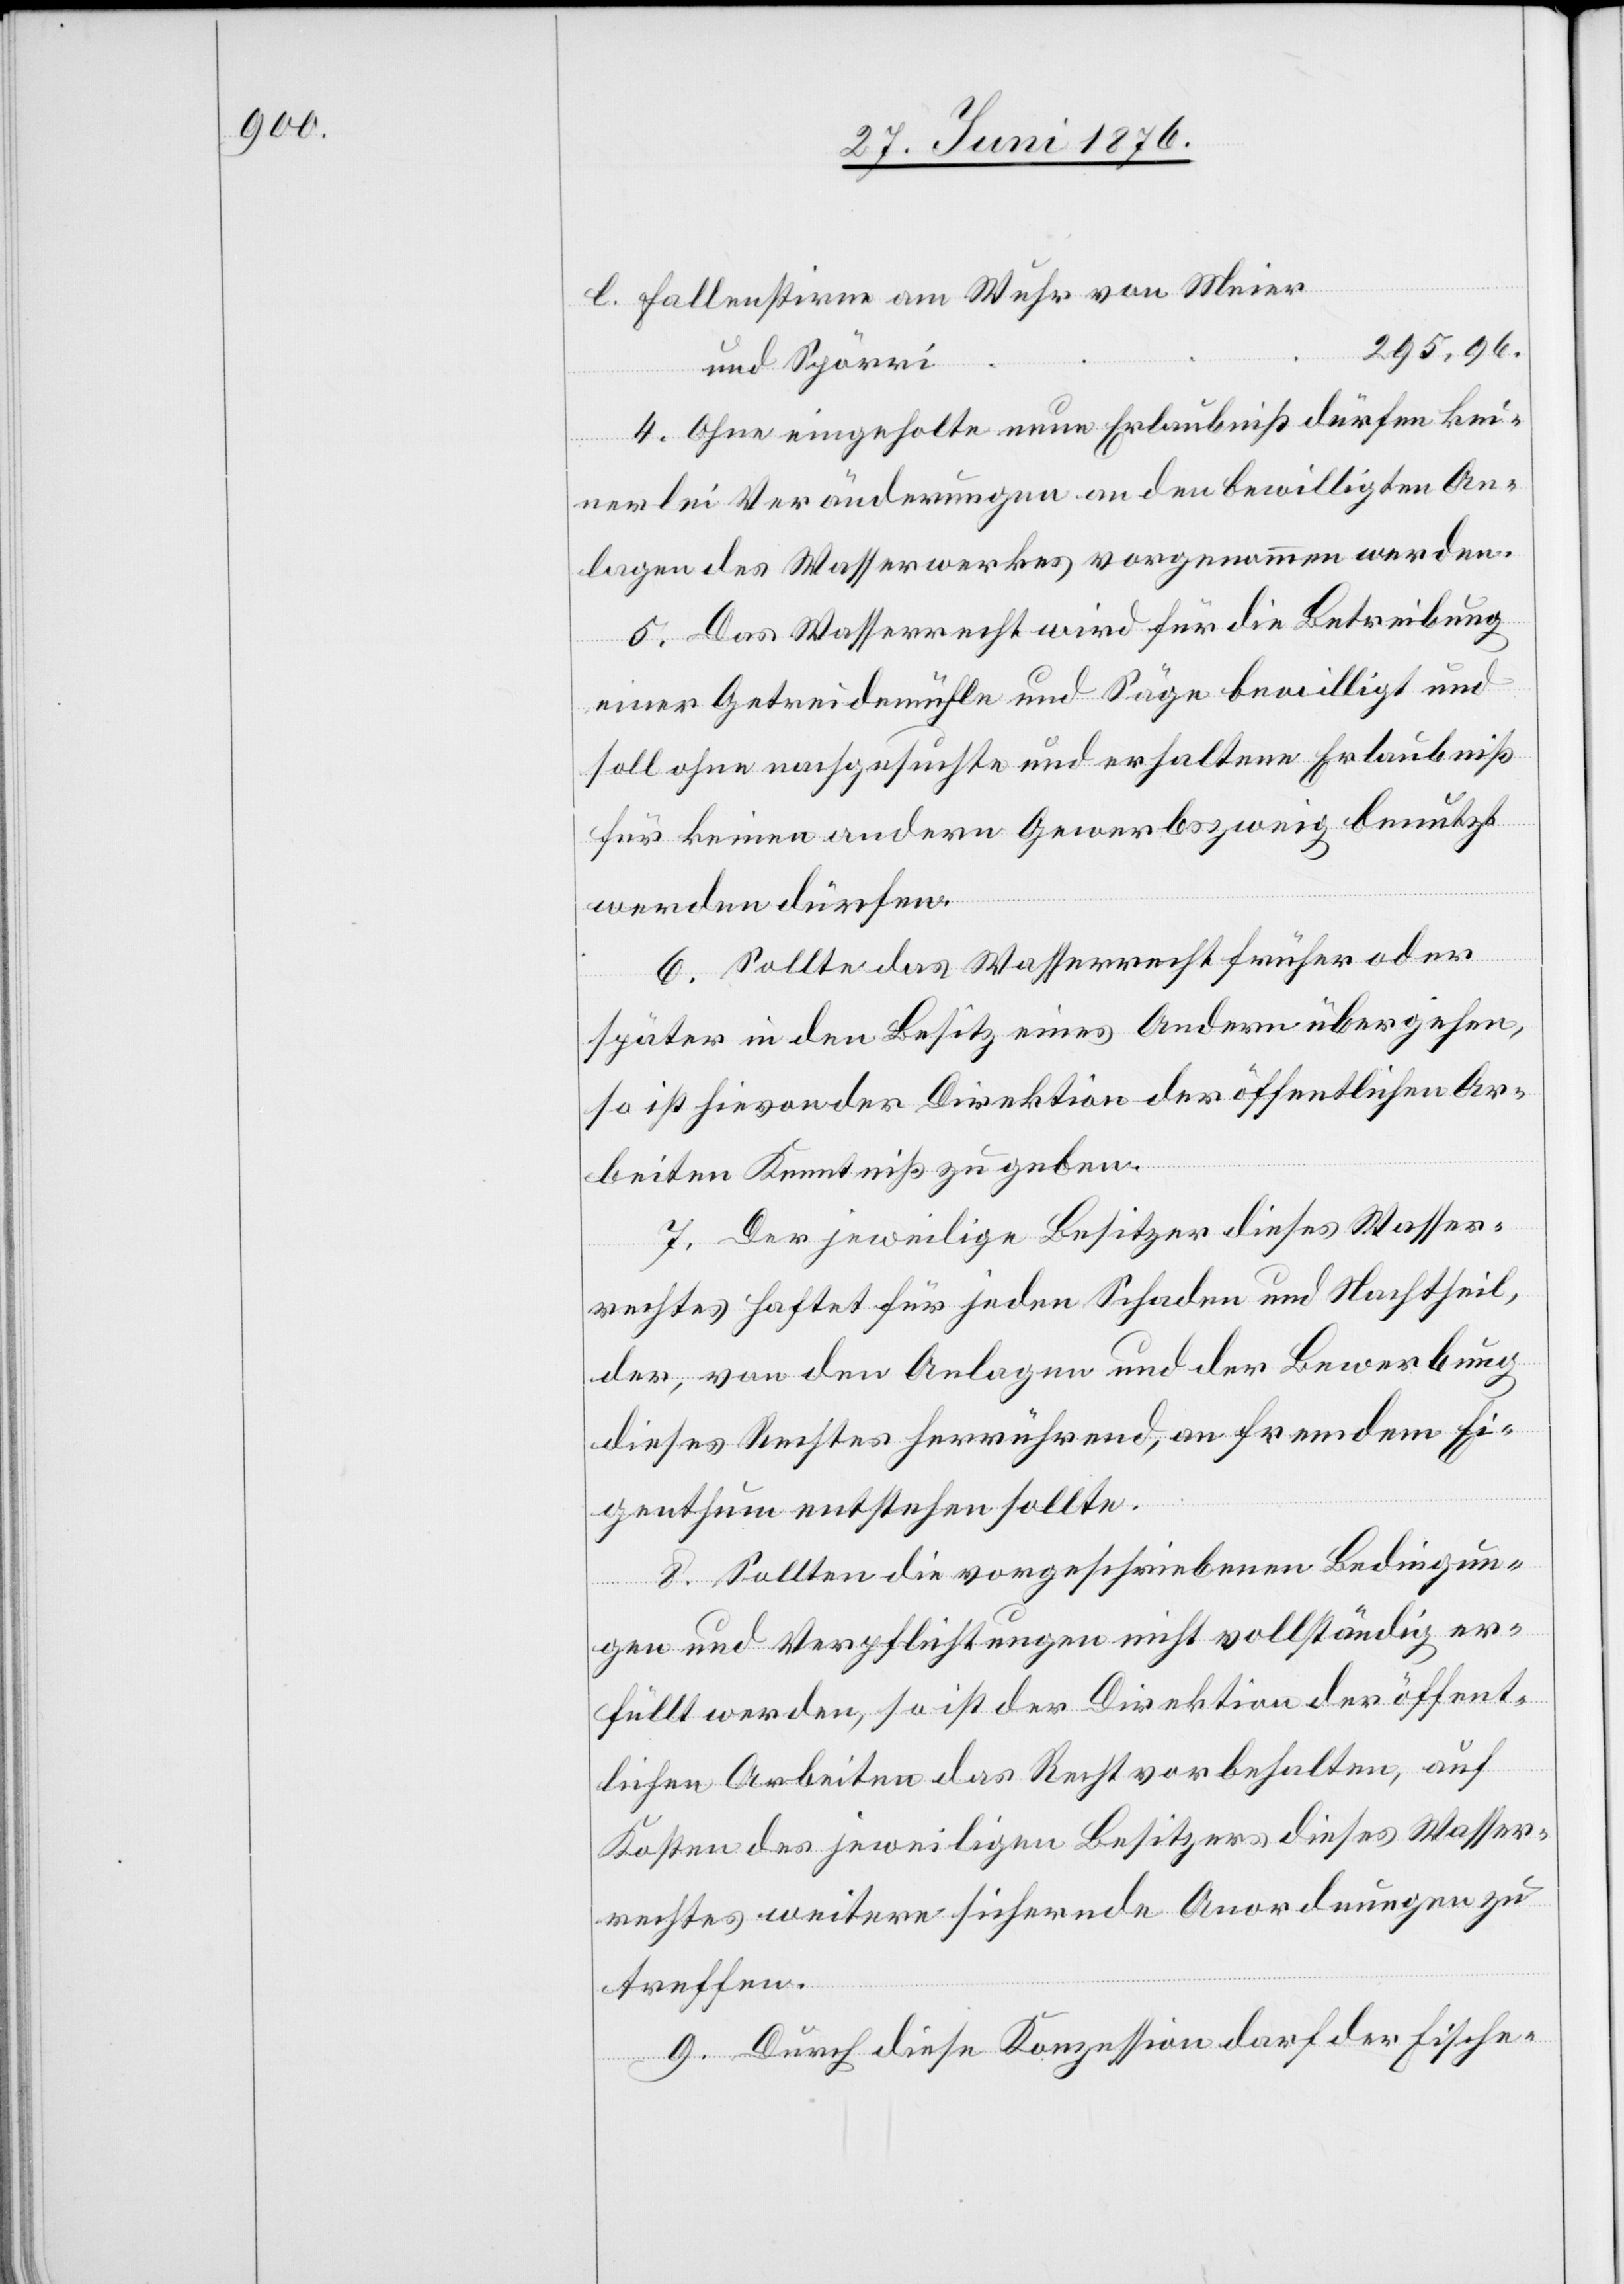
Fallenstirne am Wuhr von Meier
295,96.
und Spörri
l.
4. Ohne eingeholte neue Erlaubniß dürfen kei¬
nerlei Veränderungen an den bewilligten An¬
lagen des Wasserwerkes vorgenommen werden.
5. Das Wasserrecht wird für die Betreibung
einer Getreidemühle und Säge bewilligt und
soll ohne nachgesuchte und erhaltene Erlaubnis
für keinen andern Gewerbszweig benutzt
werden dürfen.
6. Sollte das Wasserrecht früher oder
später in den Besitz eines Andern übergehen,
so ist hievon der Direktion der öffentlichen Ar¬
beiten Kenntniß zu geben.
7. Der jeweilige Besitzer dieses Wasser¬
rechtes haftet für jeden Schaden und Nachtheil,
der, von den Anlagen und der Bewerbung
dieses Rechtes herrührend, an fremdem Ei¬
genthum entstehen sollte.
8. Sollten die vorgeschriebenen Bedingun¬
gen und Verpflichtungen nicht vollständig er¬
füllt werden, so ist der Direktion der öffent¬
lichen Arbeiten das Recht vorbehalten, auf
Kosten des jeweiligen Besitzers dieses Wasser¬
rechtes weitere sichernde Anordnungen zu
treffen.
9. Durch diese Konzession darf der Fische-